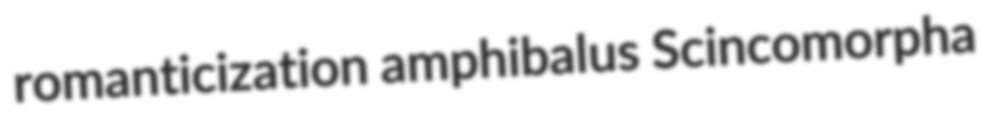
romanticization amphibalus Scincomorpha